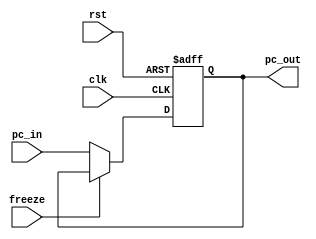
module PC (clk, rst, pc_in, freeze, pc_out);
  input [31:0] pc_in;
  input rst, clk, freeze;
  output reg[31:0] pc_out;
  
  always @(posedge clk, posedge rst)
  begin
	if (rst)
		pc_out <= 32'd0;
	else if (freeze == 1'b0)
      pc_out <= pc_in;
  end
endmodule